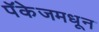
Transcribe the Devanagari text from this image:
पॅकेजमधून